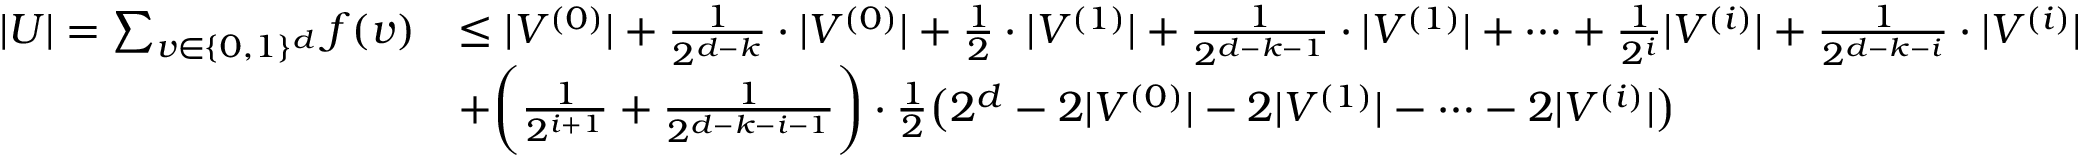
\begin{array} { r l } { | U | = \sum _ { \boldsymbol { v } \in \{ 0 , 1 \} ^ { d } } f ( \boldsymbol { v } ) } & { \le | V ^ { ( 0 ) } | + \frac { 1 } { 2 ^ { d - k } } \cdot | V ^ { ( 0 ) } | + \frac { 1 } { 2 } \cdot | V ^ { ( 1 ) } | + \frac { 1 } { 2 ^ { d - k - 1 } } \cdot | V ^ { ( 1 ) } | + \cdots + \frac { 1 } { 2 ^ { i } } | V ^ { ( i ) } | + \frac { 1 } { 2 ^ { d - k - i } } \cdot | V ^ { ( i ) } | } \\ & { + \bigg ( \frac { 1 } { 2 ^ { i + 1 } } + \frac { 1 } { 2 ^ { d - k - i - 1 } } \bigg ) \cdot \frac { 1 } { 2 } \big ( 2 ^ { d } - 2 | V ^ { ( 0 ) } | - 2 | V ^ { ( 1 ) } | - \cdots - 2 | V ^ { ( i ) } | \big ) } \end{array}